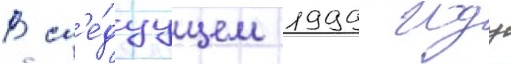
В сл'е́дуущем 1999 году